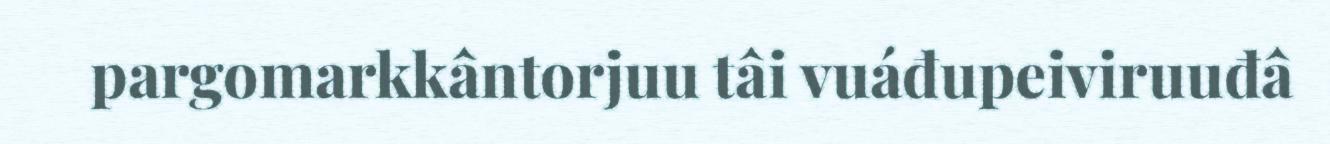
pargomarkkântorjuu tâi vuáđupeiviruuđâ